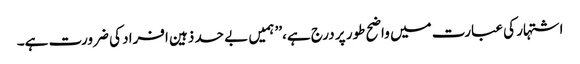
اشتہار کی عبارت میں واضح طور پر درج ہے،’’ ہمیں بے حد ذہین افراد کی ضرورت ہے۔